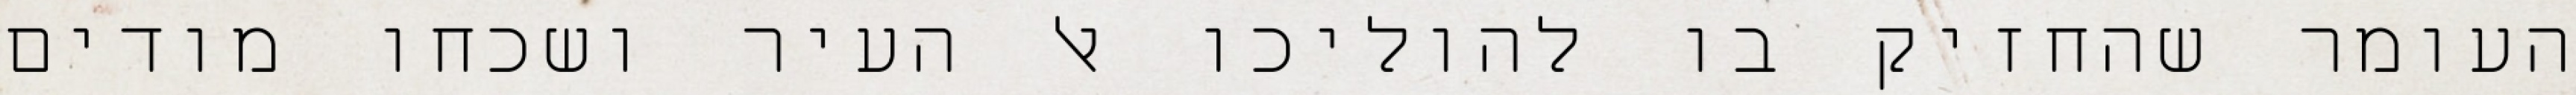
העומר שהחזיק בו להוליכו אל העיר ושכחו מודים